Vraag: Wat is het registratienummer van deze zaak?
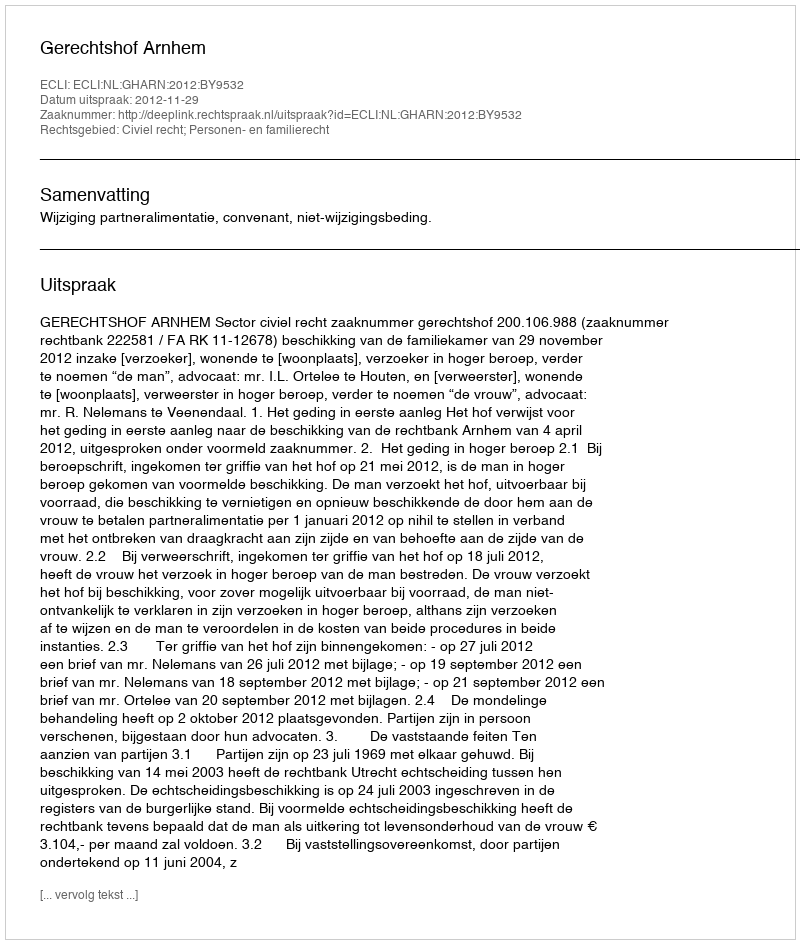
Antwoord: http://deeplink.rechtspraak.nl/uitspraak?id=ECLI:NL:GHARN:2012:BY9532